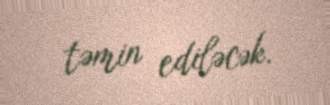
təmin ediləcək.